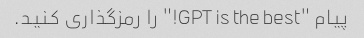
پیام "GPT is the best!" را رمزگذاری کنید.